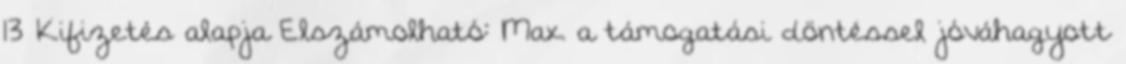
13 Kifizetés alapja Elszámolható: Max. a támogatási döntéssel jóváhagyott